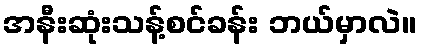
အနီးဆုံးသန့်စင်ခန်း ဘယ်မှာလဲ။